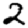
Digit: 2